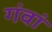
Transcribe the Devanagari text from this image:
गंवां